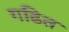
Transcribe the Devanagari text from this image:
गढित